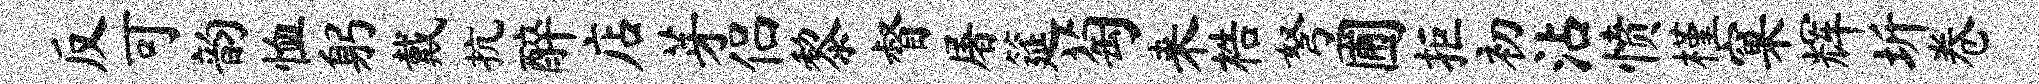
反可韵恤躬戴抗醉店芽侣黎督屠筵萄来梏弩圃拒初沾愤槿窠辉圻卷